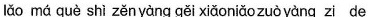
lǎo má què shì zěn yàng gěi xiǎo niǎo zuò yàng zi de